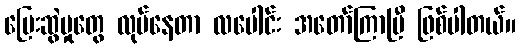
ပြေးဆွဲမှုတွေ လုပ်နေတာ လပေါင်း အတော်ကြာပြီ ဖြစ်ပါတယ်။